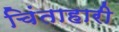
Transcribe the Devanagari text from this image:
चिंताहारी